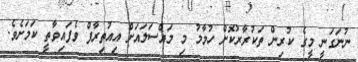
ނުނަގަނީ މީގެ ކުރިން ތަކުރާރުކޮށް ހުމާމު މި މައްސަލައަށް އިއުތިރާފް ވެފައިވާތީ ކަމަށެވެ.